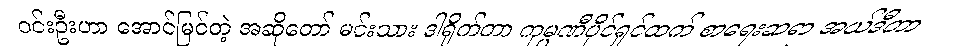
ဝင်းဦးဟာ အောင်မြင်တဲ့ အဆိုတော် မင်းသား ဒါရိုက်တာ ကုမ္ပဏီပိုင်ရှင်ထက် စာရေးဆရာ အယ်ဒီတာ